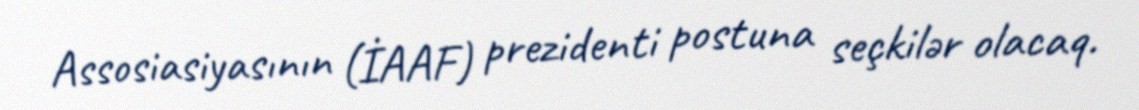
Assosiasiyasının (İAAF) prezidenti postuna seçkilər olacaq.